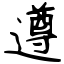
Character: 遵